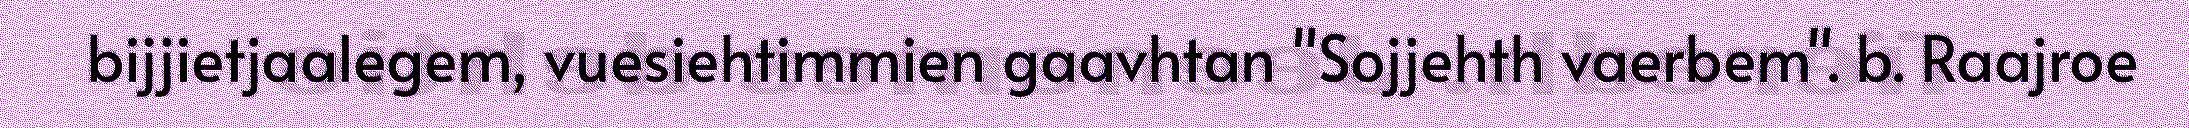
bijjietjaalegem, vuesiehtimmien gaavhtan "Sojjehth vaerbem". b. Raajroe